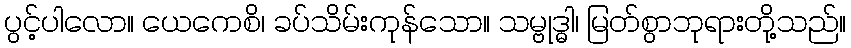
ပွင့်ပါလော။ ယေကေစိ၊ ခပ်သိမ်းကုန်သော။ သမ္ဗုဒ္ဓါ၊ မြတ်စွာဘုရားတို့သည်။